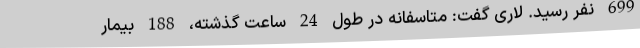
699 نفر رسید. لاری گفت: متاسفانه در طول 24 ساعت گذشته، 188 بیمار